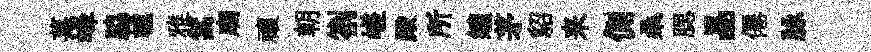
菓峰脇轤雅篙廟禳朝劄嵯殿所缠茅貂来側桑腮晶僊脉